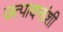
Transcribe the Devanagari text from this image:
उत्पादनांशी